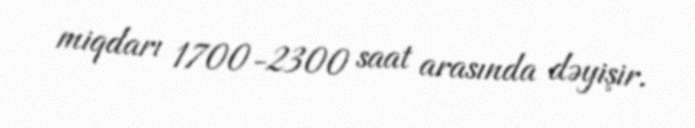
miqdarı 1700-2300 saat arasında dəyişir.